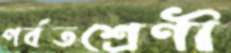
পর্বতশ্রেণী